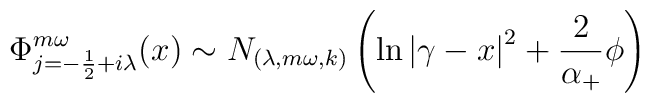
\Phi _{j=-\frac 12+i\lambda }^{m\omega }(x)\sim N_{(\lambda,m\omega ,k)}\left( \ln \left| \gamma -x\right| ^2+\frac 2{\alpha _{+}}\phi\right)